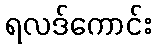
ရလဒ်ကောင်း